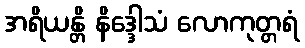
အရိယန္တိ နိဒ္ဒေါသံ လောကုတ္တရံ